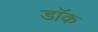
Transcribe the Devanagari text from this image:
डाॅक